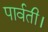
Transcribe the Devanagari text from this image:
पार्वती।